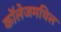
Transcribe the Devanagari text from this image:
काॅलेजमधिल